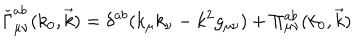
LaTeX: \check { \Gamma } _ { \mu \nu } ^ { a b } ( k _ { 0 } , \vec { k } ) = \delta ^ { a b } ( k _ { \mu } k _ { \nu } - k ^ { 2 } g _ { \mu \nu } ) + \Pi _ { \mu \nu } ^ { a b } ( k _ { 0 } , \vec { k } )